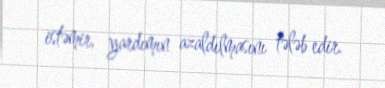
istəmir, yardımın azaldılmasını tələb edir.